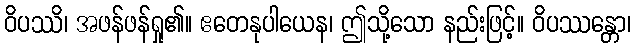
ဝိပဿိ၊ အဖန်ဖန်ရှု၏။ ဧတေနုပါယေန၊ ဤသို့သော နည်းဖြင့်။ ဝိပဿန္တော၊